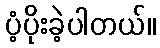
ပံ့ပိုးခဲ့ပါတယ်။